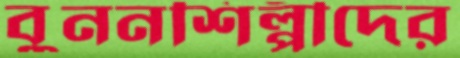
বুননশিল্পীদের